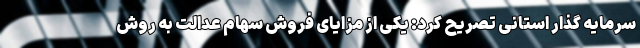
سرمایه گذار استانی تصریح کرد: یکی از مزایای فروش سهام عدالت به روش